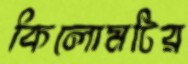
কিলোমটির